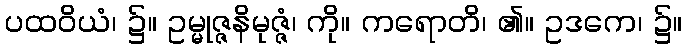
ပထဝိယံ၊ ၌။ ဥမ္မုဇ္ဇနိမုဇ္ဇံ၊ ကို။ ကရောတိ၊ ၏။ ဥဒကေ၊ ၌။